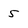
Character: 5